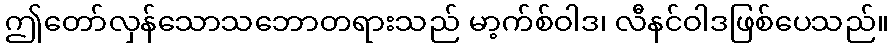
ဤတော်လှန်သောသဘောတရားသည် မာ့က်စ်ဝါဒ၊ လီနင်ဝါဒဖြစ်ပေသည်။